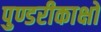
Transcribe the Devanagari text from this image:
पुण्डरीकाक्षो